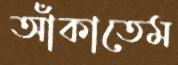
আঁকাতেম